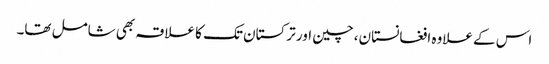
اس کے علاوہ افغانستان، چین اور ترکستان تک کا علاقہ بھی شامل تھا۔